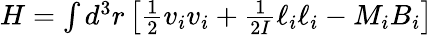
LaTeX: \begin{array}{r}{H=\int d^{3}r\left[\frac{1}{2}v_{i}v_{i}+\frac{1}{2I}\ell_{i}\ell_{i}-M_{i}B_{i}\right]}\end{array}